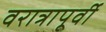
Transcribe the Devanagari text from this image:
वरात्रापूर्वी